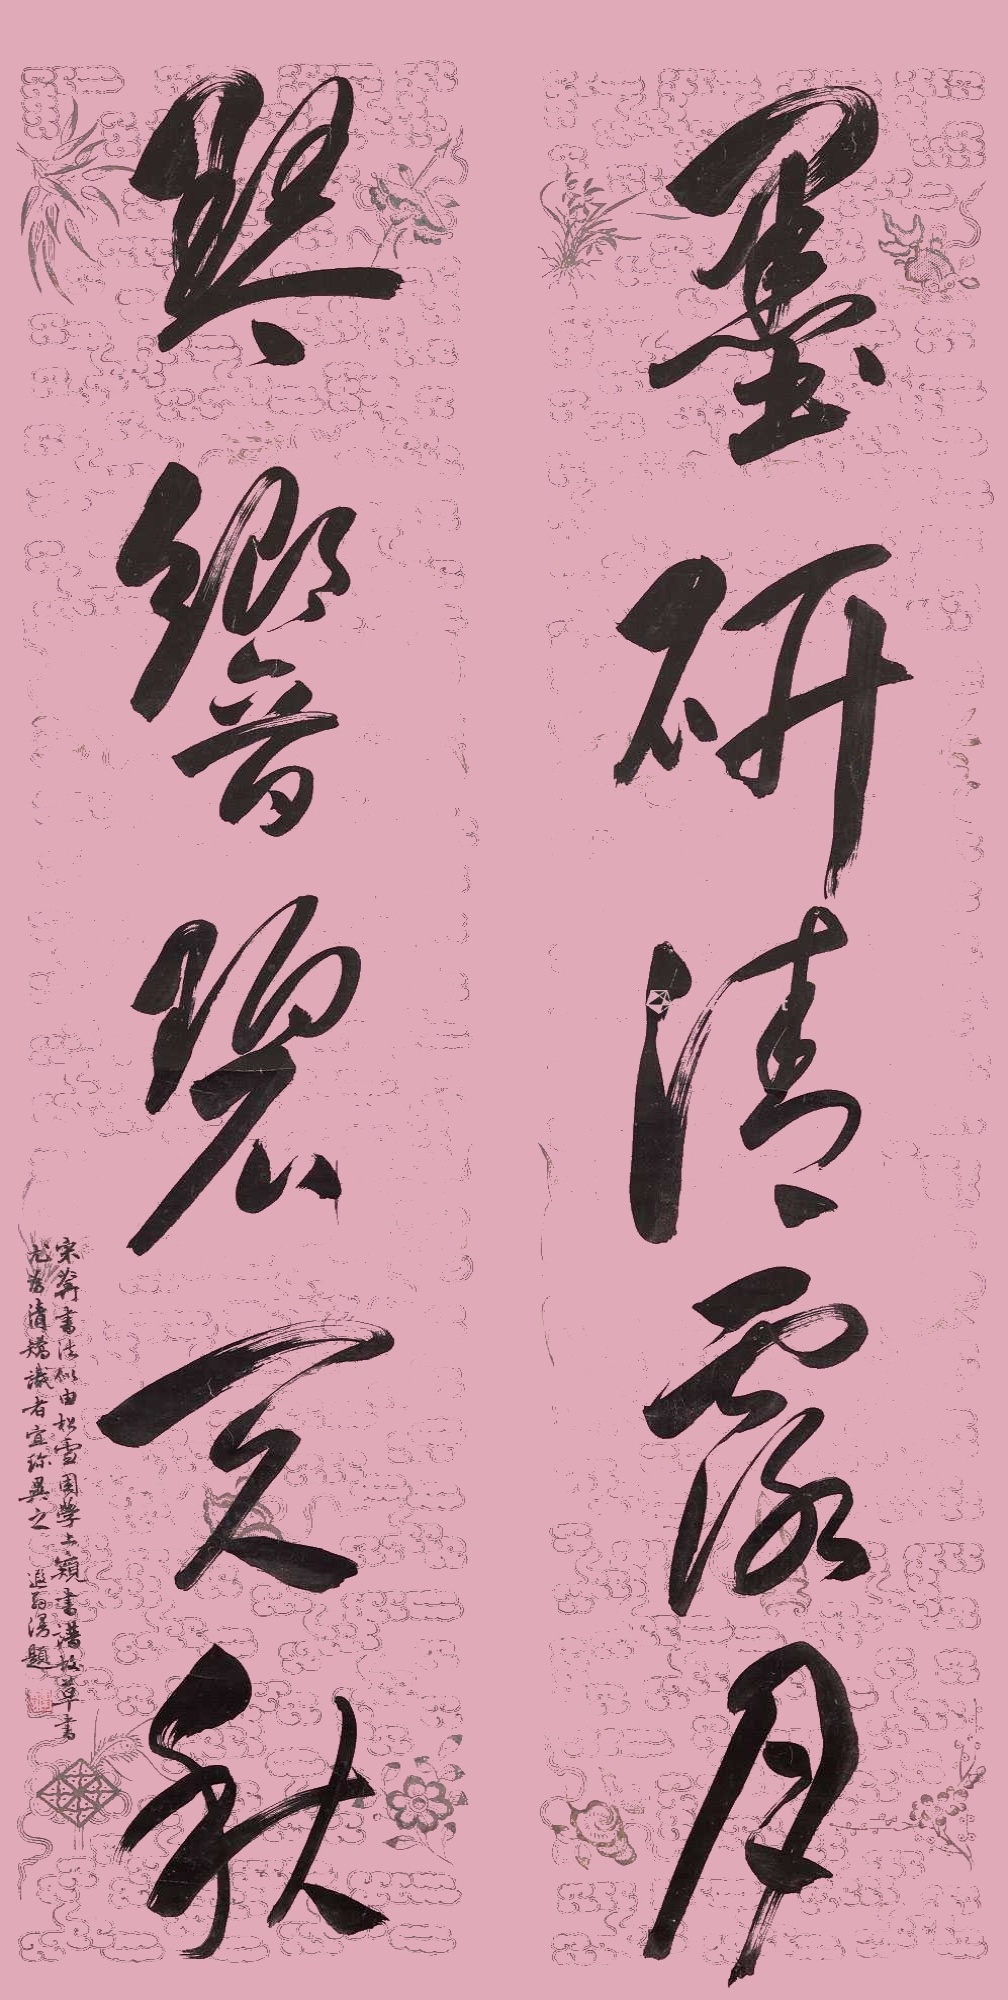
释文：墨研清露月，琴响碧天秋宋葊书法似由松雪困学，上窥书谱，故草书尤为清矫，识者宜珍异之。遐翁漫题。